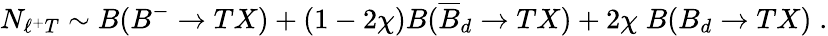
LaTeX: N_{\ell^{+}T}\sim B(B^{-}\rightarrow TX)+(1-2\chi)B(\overline{{B}}_{d}\rightarrow TX)+2\chi\; B(B_{d}\rightarrow TX)\; .